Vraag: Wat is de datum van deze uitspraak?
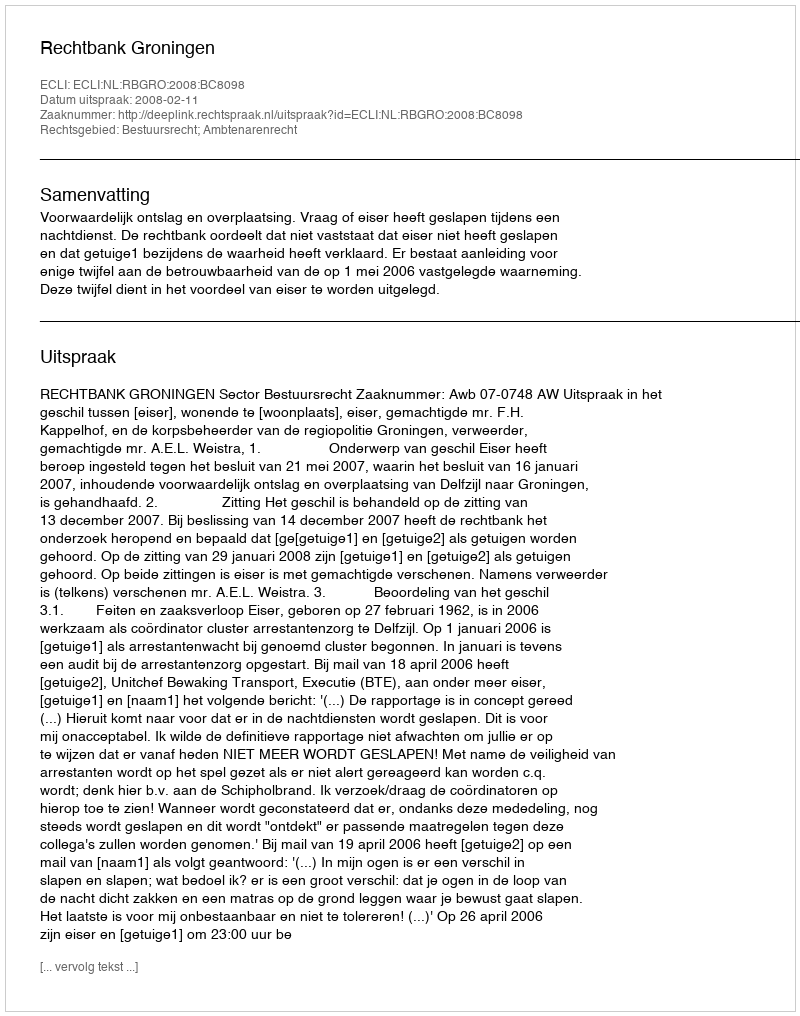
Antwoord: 2008-02-11